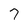
Character: 7